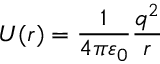
U ( r ) = { \frac { 1 } { 4 \pi \varepsilon _ { 0 } } } { \frac { q ^ { 2 } } { r } }